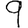
Digit: 9